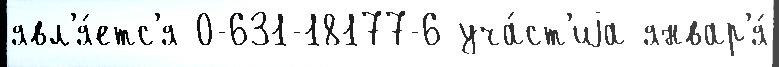
явл'я́етс'я 0-631-18177-6 уча́ст'иjа январ'я́